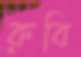
রুবি